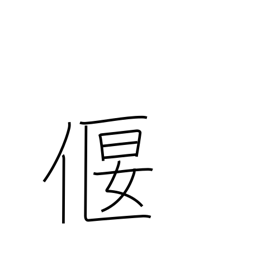
Meaning: weir